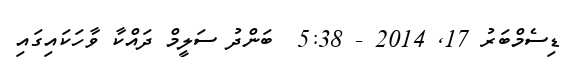
ޑިސެމްބަރު 17